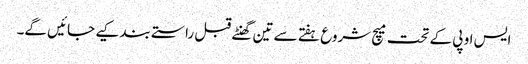
ایس او پی کے تحت میچ شروع ہفتے سے تین گھنٹے قبل راستے بند کیے جائیں گے۔